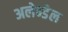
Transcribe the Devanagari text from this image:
अलेन्डेल